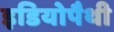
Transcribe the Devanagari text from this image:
इडियोपैथी